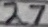
Text: 27